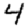
Digit: 4